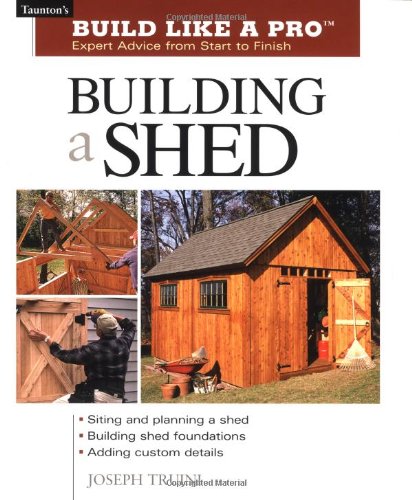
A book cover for Building a Shed: Siting and Planning a Shed, Building Shed Foundations, Adding Custom Details (Build Like a Pro Series); Joseph Truini; Crafts, Hobbies & Home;